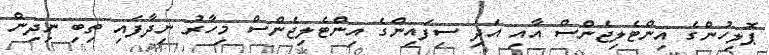
ޕޮލިހުންގެ އިންޓެލިޖެންސް އާއި އަދި ސިފައިންގެ އިންޓެލިޖެންސް މިހާރު ނިދާފައި ތިބި ނިދިން